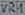
Text: VR1